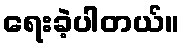
ရေးခဲ့ပါတယ်။